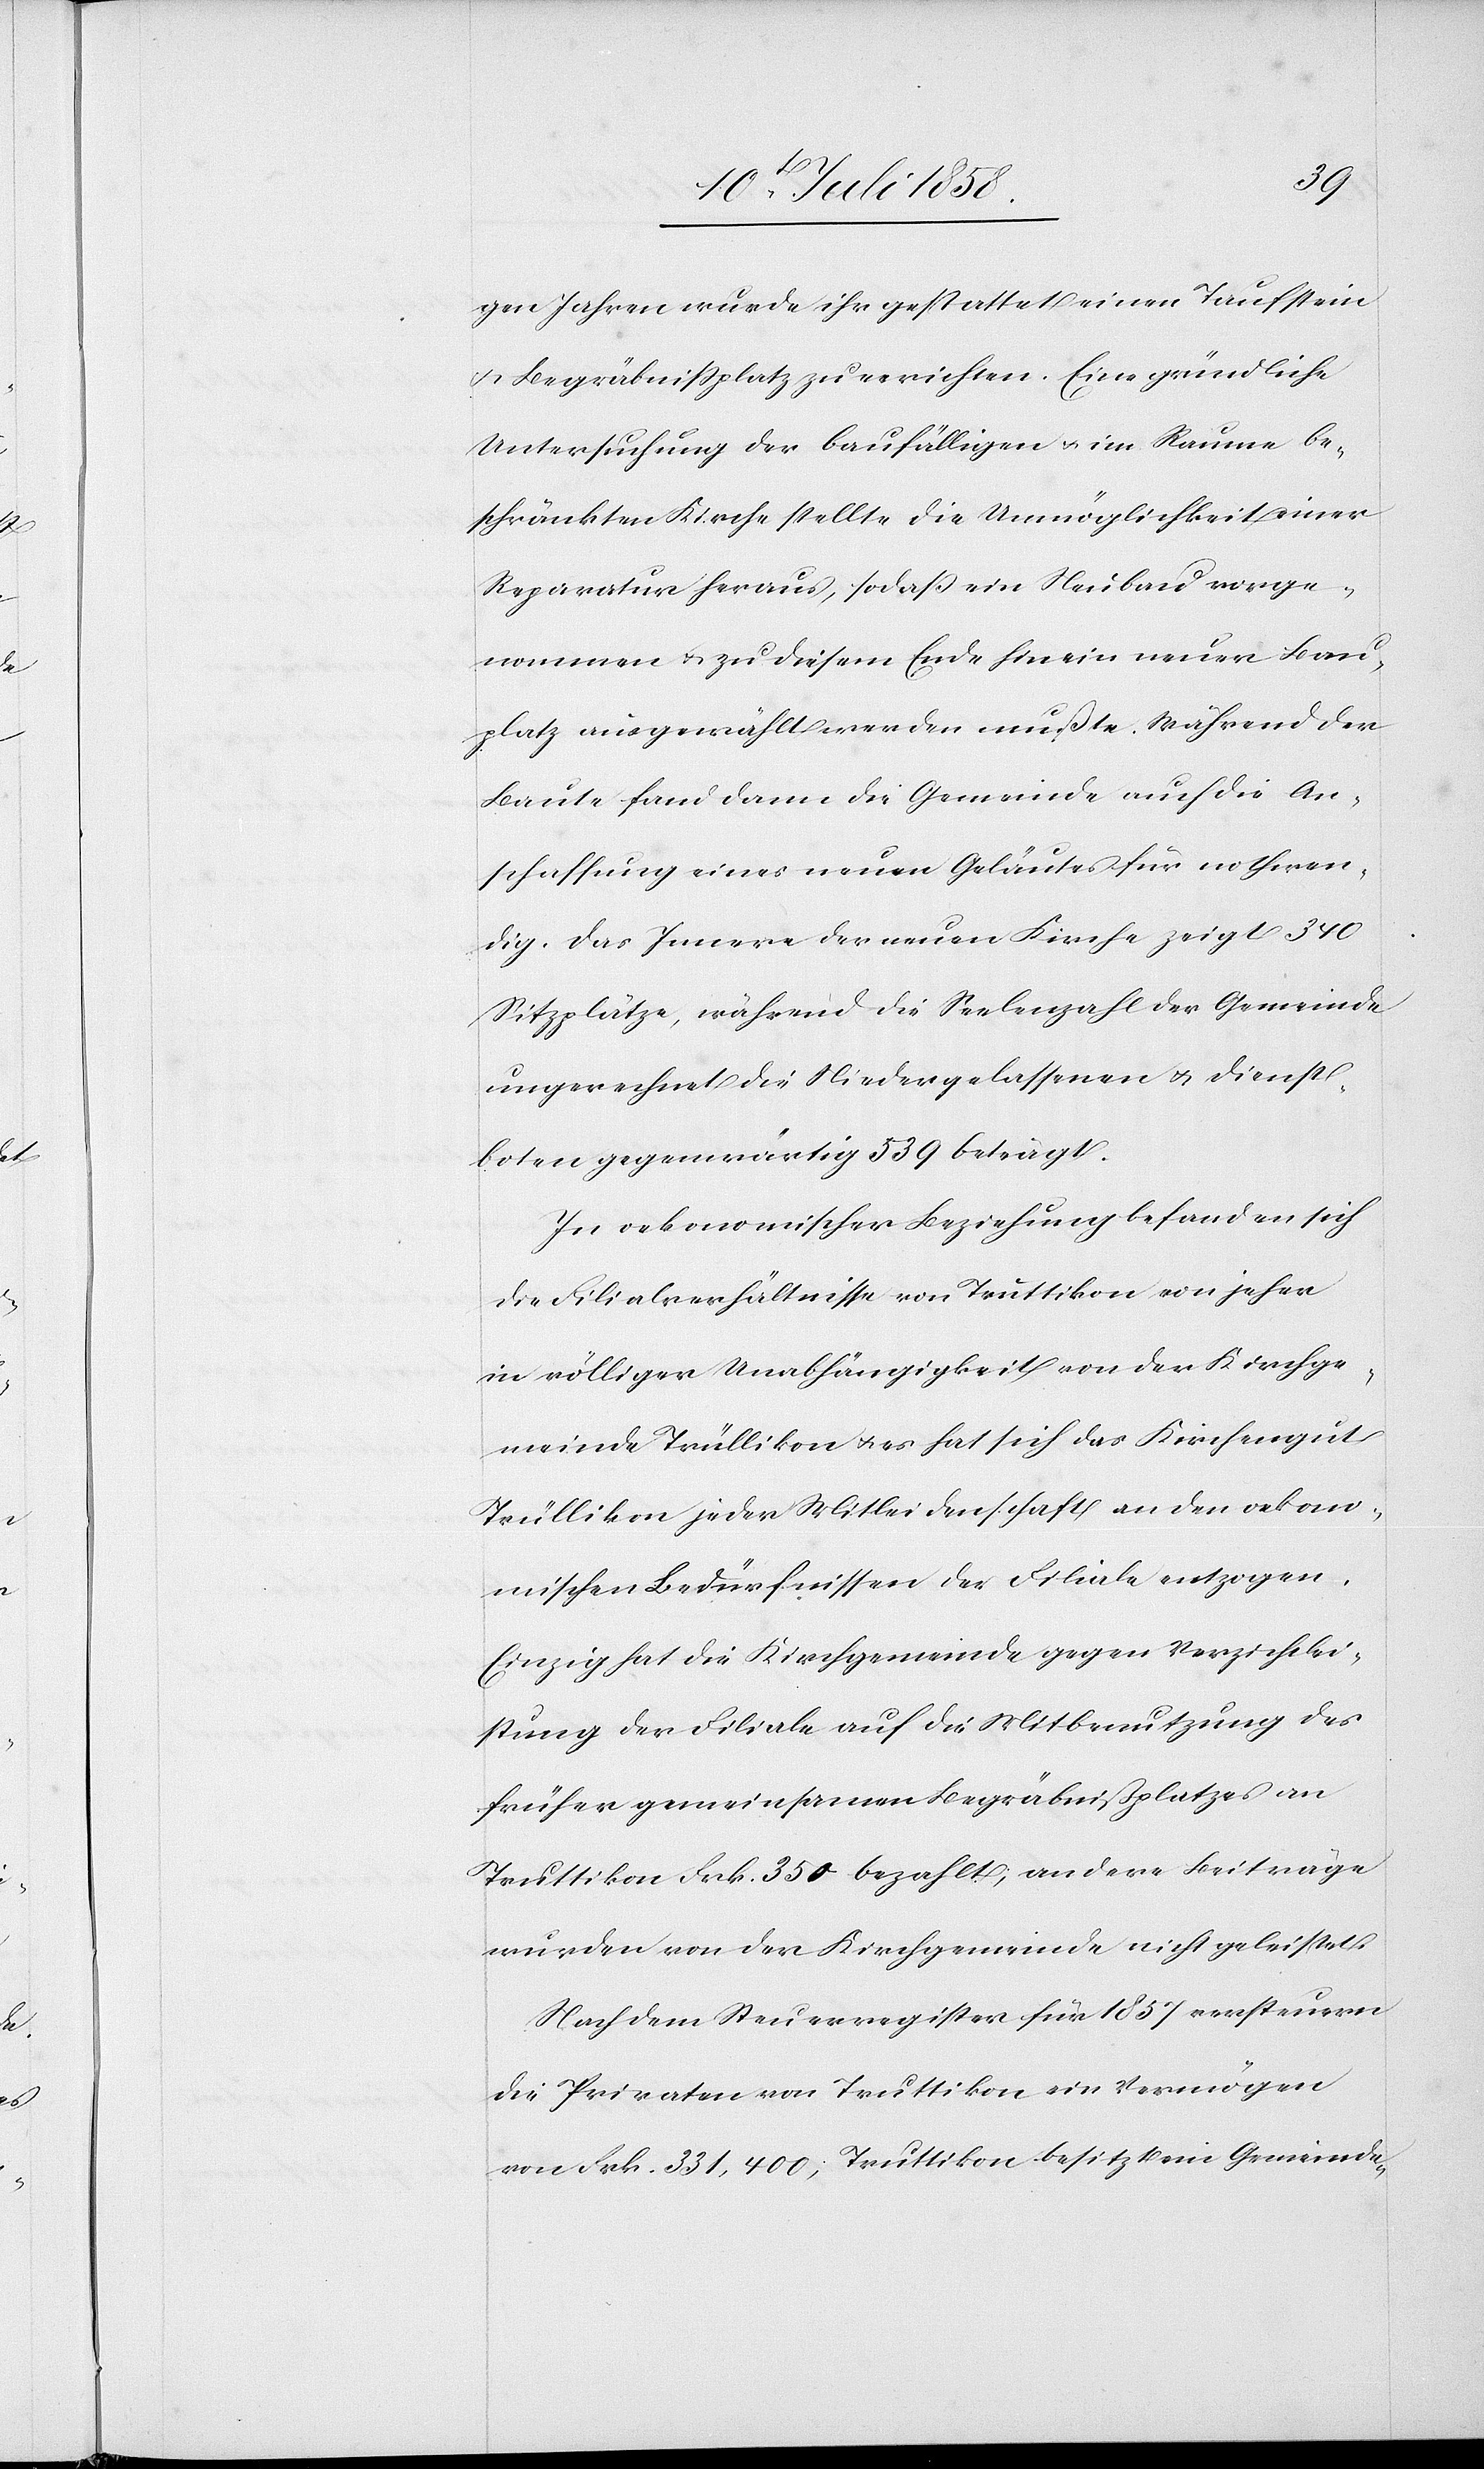
gen Jahren wurde ihr gestattet einen Taufstein
& Begräbnissplatz zu errichten. Eine gründliche
Untersuchung der baufälligen & im Raume be¬
schränkten Kirche stellte die Unmöglichkeit einer
Reparatur heraus, so daß ein Neubau vorge¬
nommen & zu diesem Ende hin ein neuer Bau¬
platz ausgewählt werden mußte. Während der
Baute fand dann die Gemeinde auch die An¬
schaffung eines neuen Geläutes für nothwen¬
dig. Das Innere der neuen Kirche zeigt 340
Sitzplätze, während die Seelenzahl der Gemeinde
ungerechnet die Niedergelassenen & Dienst¬
boten gegenwärtig 539 beträgt.
In oekonomischer Beziehung befanden sich
die Filialverhältnisse von Truttikon von jeher
in völliger Unabhängigkeit von der Kirchge¬
meinde Trüllikon & es hat sich das Kirchengut
Trüllikon jeder Mitleidenschaft an den oekono¬
mischen Bedürfnissen der Filiale entzogen.
Einzig hat die Kirchgemeinde gegen Verzichtlei¬
stung der Filiale auf die Mitbenutzung des
früher gemeinsamen Begräbnißplatzes an
Truttikon Frk. 350 bezahlt; andere Beiträge
wurden von der Kirchgemeinde nicht geleistet.
Nach dem Steuerregister für 1857 versteuern
die Privaten von Truttikon ein Vermögen
von Frk. 331,400; Truttikon besitzt ein Gemeinde-